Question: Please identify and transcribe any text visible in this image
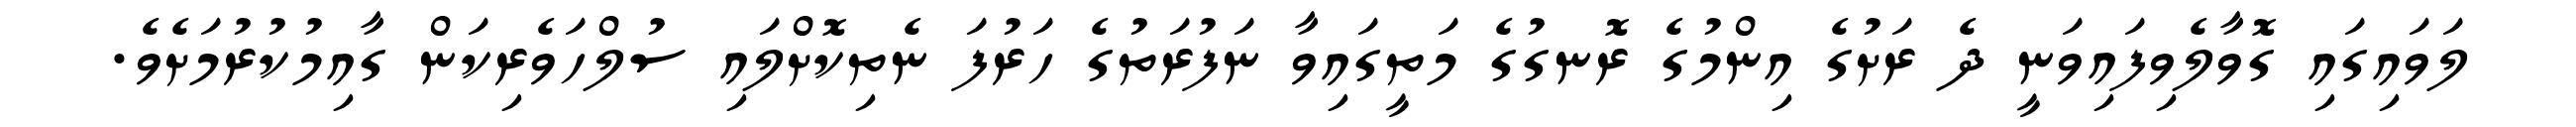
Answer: ލަވައިގައި ގޮވާލެވިފައިވަނީ ދެ ރަށުގެ އިންމުގެ ރޮނގުގެ މަތީގައިވާ ނަފުރަތުގެ ހަރުފަ ނެތިކޮށްލައި ސުލްހަވެރިކަން ގާއިމުކުރުމަށެވެ.